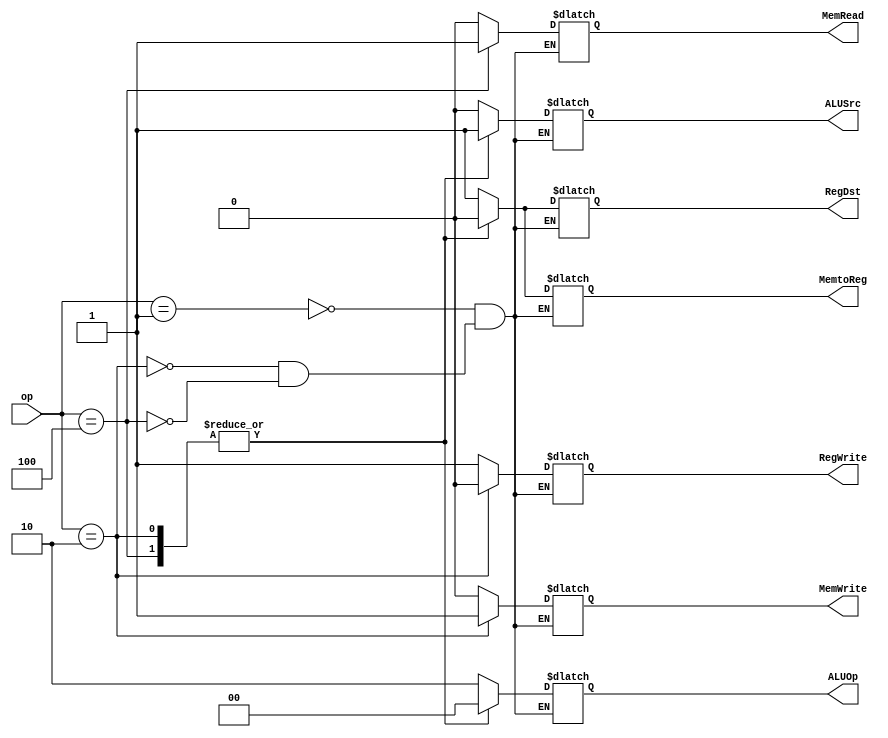
`timescale 1ns/100ps
module ControlUnit(op, RegDst, MemRead, MemWrite, MemtoReg, ALUOp, ALUSrc, RegWrite);
  input [5:0] op;
  output reg RegDst, MemRead, MemWrite, MemtoReg, ALUSrc, RegWrite;
  output reg [1:0] ALUOp;
  
  always @(*) begin
    case(op)
      6'h01 : begin //add
        RegDst = 1;
        MemRead = 0;
        MemWrite = 0;
        MemtoReg = 1;
        ALUOp = 2'b10;
        ALUSrc = 0;
        RegWrite = 1;
      end
      6'h02 : begin //sw
        RegDst = 0;
        MemRead = 0;
        MemWrite = 1;
        MemtoReg = 0;
        ALUOp = 2'b00;
        ALUSrc = 1;
        RegWrite = 0;
      end
      6'h04 : begin //lw
        RegDst = 0;
        MemRead = 1;
        MemWrite = 0;
        MemtoReg = 0;
        ALUOp = 2'b00;
        ALUSrc = 1;
        RegWrite = 1;
      end
    endcase
  end
endmodule